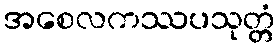
အစေလကဿပသုတ္တံ